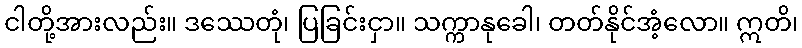
ငါတို့အားလည်း။ ဒဿေတုံ၊ ပြခြင်းငှာ။ သက္ကာနုခေါ၊ တတ်နိုင်အံ့လော။ ဣတိ၊